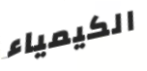
الكيمياء